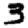
Digit: 3